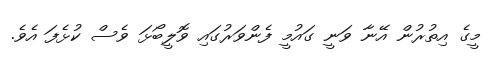
މީގެ އިތުރުން އޭނާ ވަނީ ގައުމީ ފެންވަރުގައި ވޮލީބޯޅަ ވެސް ކުޅެފަ އެވެ.